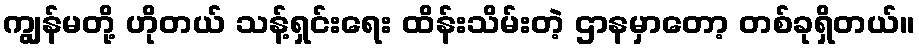
ကျွန်မတို့ ဟိုတယ် သန့်ရှင်းရေး ထိန်းသိမ်းတဲ့ ဌာနမှာတော့ တစ်ခုရှိတယ်။